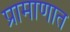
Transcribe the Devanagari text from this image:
प्रामाणात